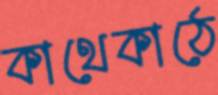
কাথেকাঠে